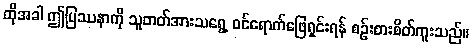
ထိုအခါ ဤပြဿနာကို သူတတ်အားသရွေ့ ဝင်ရောက်ဖြေရှင်းရန် စဉ်းစားစိတ်ကူးသည်။